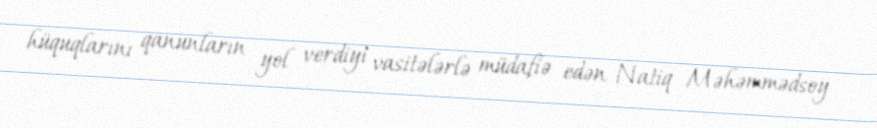
hüquqlarını qanunların yol verdiyi vasitələrlə müdafiə edən Natiq Məhəmmədsoy